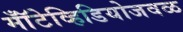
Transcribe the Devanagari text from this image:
मॉँटेव्हिडियोजवळ